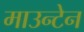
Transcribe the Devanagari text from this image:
माउन्‍टेन